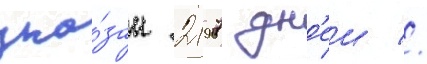
ука́зан 2197 дн'еи //